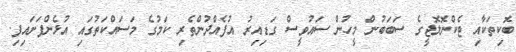
ބޮކިތަކާއި ޓެކްނޮލޮޖީގެ ސަބަބުން މީހުން ސައުވީސް ގަޑިއިރު އުފެއްދުންތެރި ކަމުގެ މަސައްކަތުގައި އުޅެންފަށައިފި.